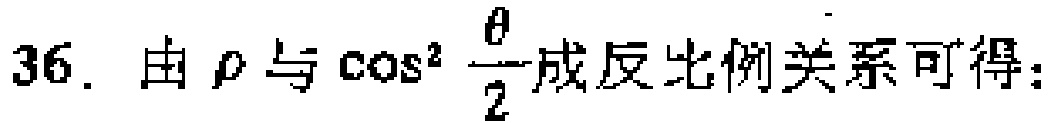
36. 由\(\rho\)与\(\cos^{2}\frac{\theta}{2}\)成反比例关系可得：